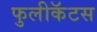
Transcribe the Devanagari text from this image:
फुलीकॅटस